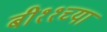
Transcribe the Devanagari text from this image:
बी११च्या